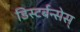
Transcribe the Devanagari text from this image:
डिस्टर्बन्सेस्